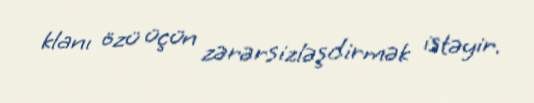
klanı özü üçün zərərsizləşdirmək istəyir.